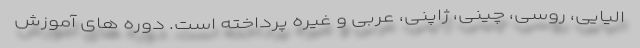
الیایی، روسی، چینی، ژاپنی، عربی و غیره پرداخته است. دوره های آموزش